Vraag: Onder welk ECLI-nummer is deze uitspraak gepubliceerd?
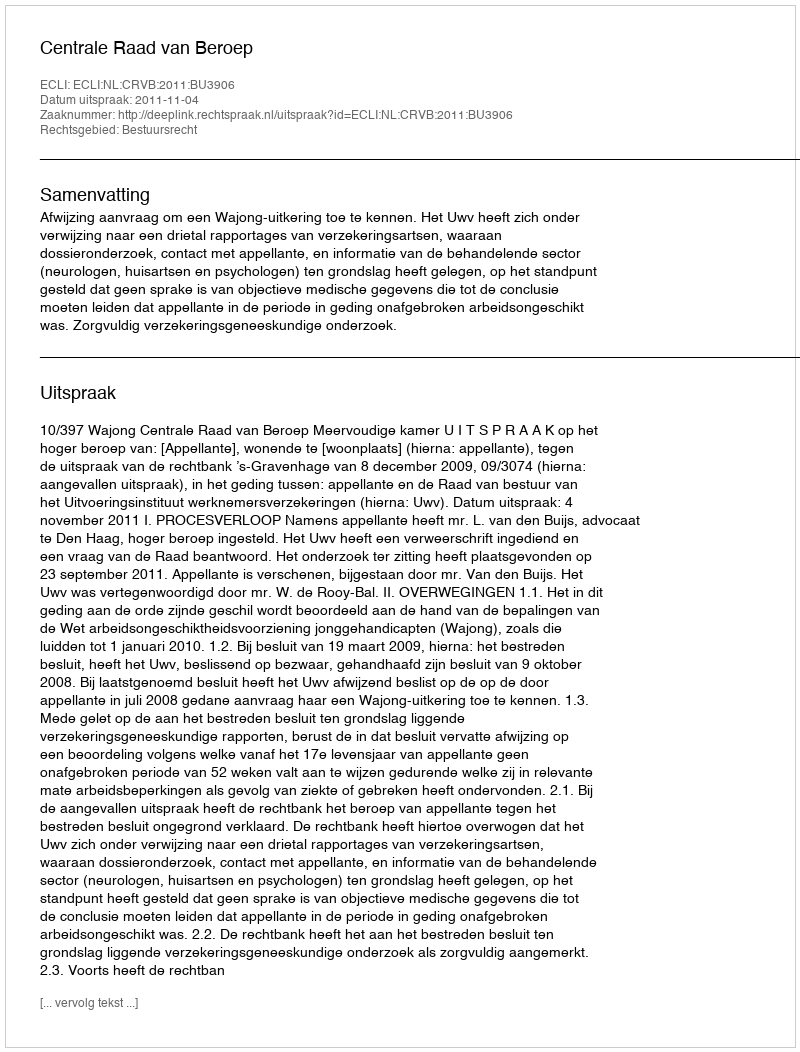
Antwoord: ECLI:NL:CRVB:2011:BU3906